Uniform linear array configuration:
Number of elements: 16
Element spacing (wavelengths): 1
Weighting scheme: binomial
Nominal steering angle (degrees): -60
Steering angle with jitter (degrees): -59.167
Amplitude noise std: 0.05
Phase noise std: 0.05

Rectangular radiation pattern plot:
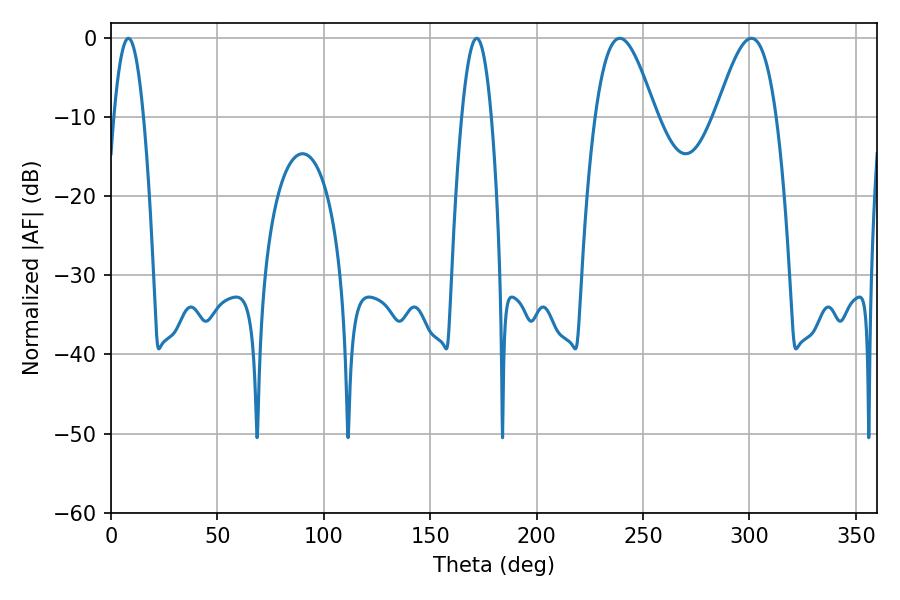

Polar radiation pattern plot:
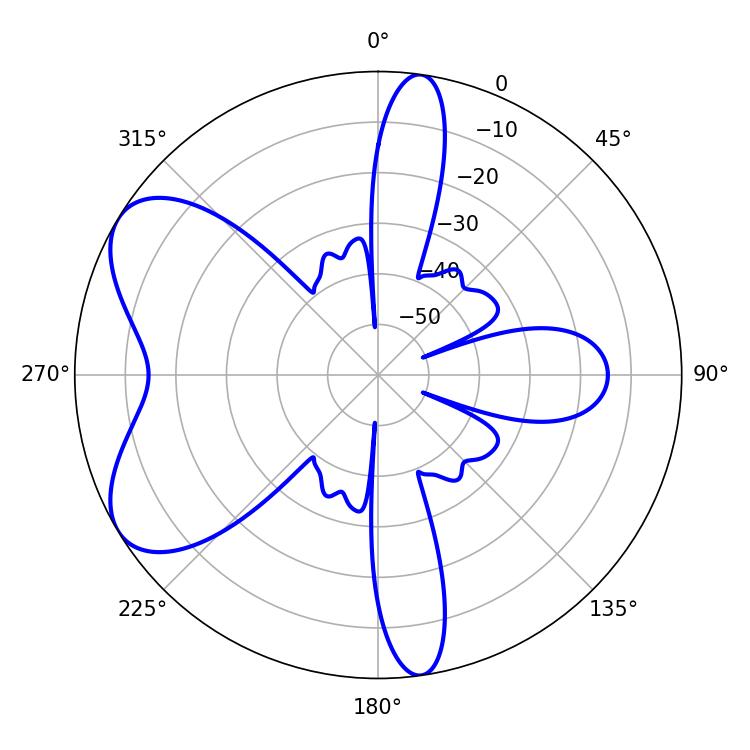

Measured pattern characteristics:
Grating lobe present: TRUE
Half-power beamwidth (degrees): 15.12
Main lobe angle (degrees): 239.04